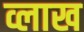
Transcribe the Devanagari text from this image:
व्लाख